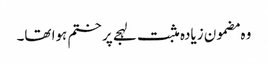
وہ مضمون زیادہ مثبت لہجے پر ختم ہوا تھا۔